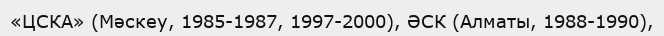
«ЦСКА» (Мәскеу, 1985-1987, 1997-2000), ӘСК (Алматы, 1988-1990),